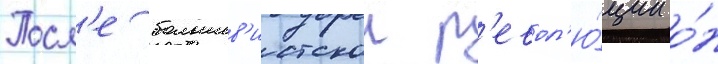
Посл'е большев'истскои р'евол'ю́ции о́н